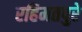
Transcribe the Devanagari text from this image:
रहिमतपुरे